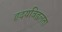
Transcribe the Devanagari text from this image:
हृदयविह्वलता